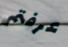
عرفتم